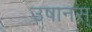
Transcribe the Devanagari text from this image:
उषानस्‌